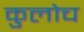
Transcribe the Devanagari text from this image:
कुलोच